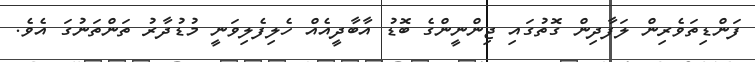
ފަންޑިތަވެރިން ލަފާދިން ގޮތުގައި ޖިންނީންގެ ބޮޑު އާބާދީއެއް ހެލިފެލިވަނީ މުޑުދާރު ތަންތަނުގަ އެވެ.